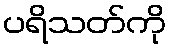
ပရိသတ်ကို